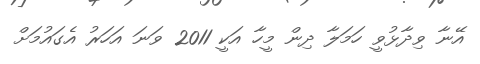
އޭނާ ވިދާޅުވީ ހަމަލާ ދިން މީހާ އަކީ 2011 ވަނަ އަހަރު އެގައުމަށް